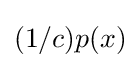
(1/c)p(x)